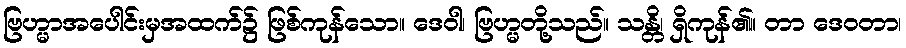
ဗြဟ္မာအပေါင်းမှအထက်၌ ဖြစ်ကုန်သော။ ဒေဝါ၊ ဗြဟ္မတို့သည်။ သန္တိ၊ ရှိကုန်၏။ တာ ဒေဝတာ၊